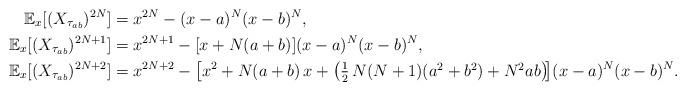
LaTeX: \begin{align*}\mathbb{E}_x[(X_{\tau_{ab}})^{2N}] & =x^{2N}-(x-a)^N(x-b)^N,\\\mathbb{E}_x[(X_{\tau_{ab}})^{2N+1}] & =x^{2N+1}-[x+N(a+b)](x-a)^N(x-b)^N,\\\mathbb{E}_x[(X_{\tau_{ab}})^{2N+2}] &=x^{2N+2}-\left[x^2+N(a+b)\,x+\left(\textstyle\frac12\,N(N+1)(a^2+b^2)+N^2ab\right)\!\right]\!(x-a)^N(x-b)^N.\end{align*}